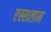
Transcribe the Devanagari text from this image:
एस्सलाम